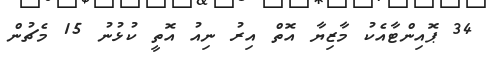
34 ޕޮއިންޓާއެކު މާޒިޔާ އޮތް އިރު ނިއު އޮތީ ކުޅުނު 15 މެޗުން